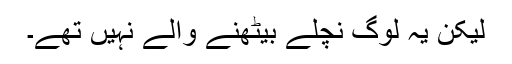
لیکن یہ لوگ نچلے بیٹھنے والے نہیں تھے۔